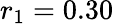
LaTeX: r_{1}=0.30